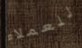
للعملاء